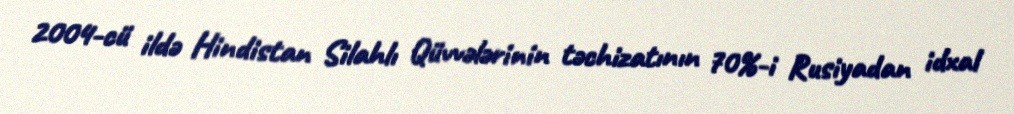
2004-cü ildə Hindistan Silahlı Qüvvələrinin təchizatının 70%-i Rusiyadan idxal